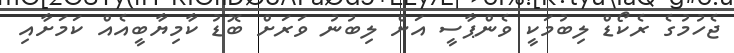
ޖެހުމުގެ ރެކޯޑް ލިބުމަކީ ވެންޕާސީ އަށް ލިބުނު ވަރަށް ބޮޑު ކާމިޔާބީއެއް ކަމަށާއި